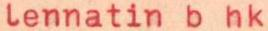
lennatin b hk